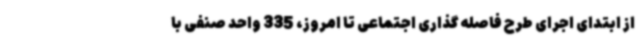
از ابتدای اجرای طرح فاصله گذاری اجتماعی تا امروز، 335 واحد صنفی با